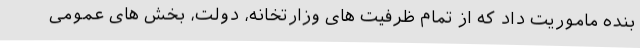
بنده ماموریت داد که از تمام ظرفیت های وزارتخانه، دولت، بخش های عمومی